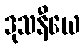
ဒုသနီယေ